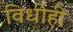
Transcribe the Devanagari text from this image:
विधीही